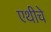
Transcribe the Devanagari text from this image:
एथीचे